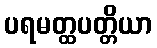
ပရမတ္ထပတ္တိယာ